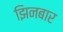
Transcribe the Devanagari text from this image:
झिनबार